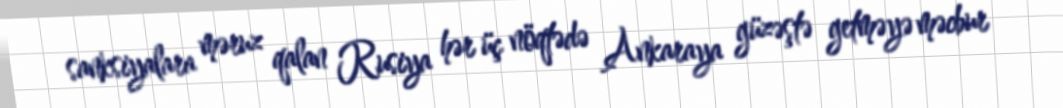
sanksiyalara məruz qalan Rusiya hər üç nöqtədə Ankaraya güzəştə getməyə məcbur